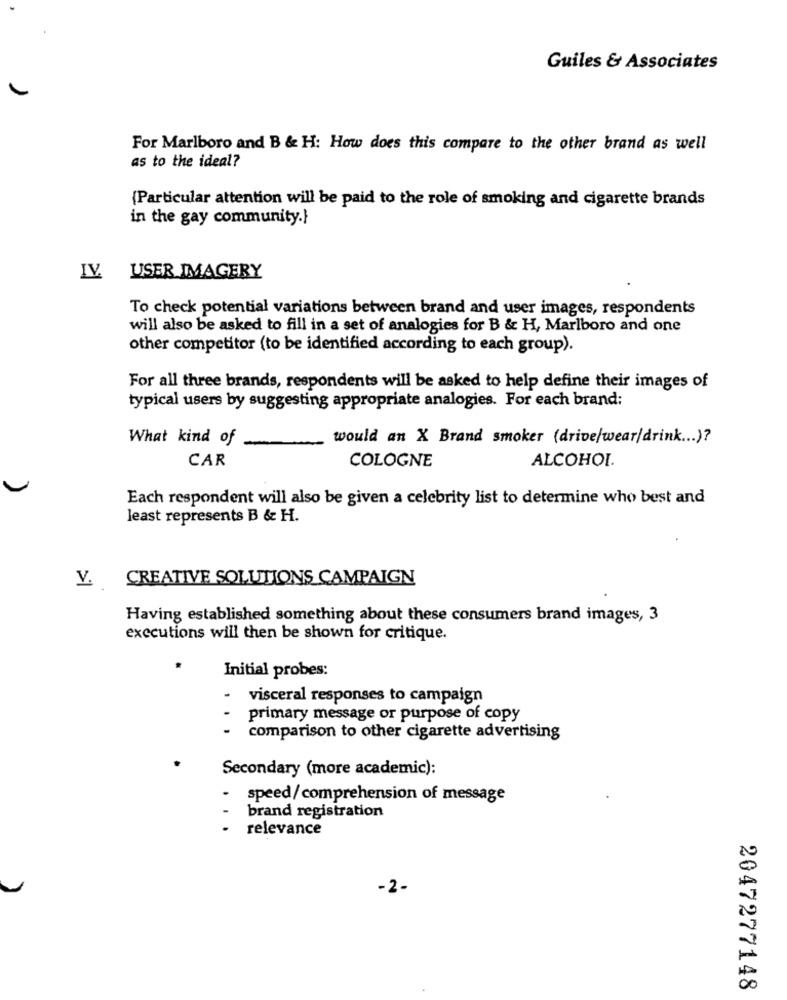
Guiles & Associates
For Marlboro and B & H: How does this compare to the other brand as well
as to the ideal?
{Particular attention will be paid to the role of smoking and cigarette brands
in the gay community.}
IV. USER IMAGERY
To check potential variations between brand and user images, respondents
will also be asked to fill in a set of analogies for B & H, Marlboro and one
other competitor (to be identified according to each group).
For all three brands, respondents will be asked to help define their images of
typical users by suggesting appropriate analogies. For each brand:
What kind of
would an X Brand smoker (drive/wear/drink ... )?
CAR
COLOGNE
ALCOHOL.
Each respondent will also be given a celebrity list to determine who best and
least represents B & H.
CREATIVE SOLUTIONS CAMPAIGN
V.
Having established something about these consumers brand images, 3
executions will then be shown for critique.
Initial probes:
visceral responses to campaign
primary message or purpose of copy
comparison to other cigarette advertising
Secondary (more academic):
speed/comprehension of message
brand registration
relevance
-2-
2047277148